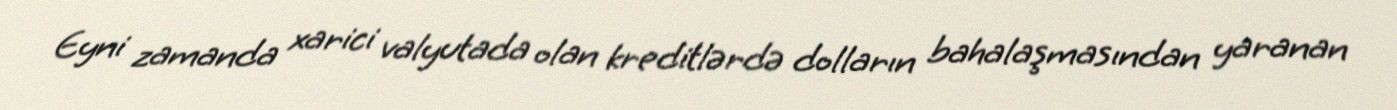
Eyni zamanda xarici valyutada olan kreditlərdə dolların bahalaşmasından yaranan